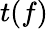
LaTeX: t(f)